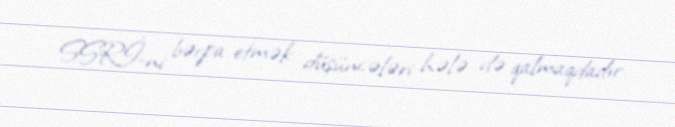
SSRİ-ni bərpa etmək düşüncələri hələ də qalmaqdadır.